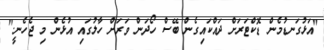
"އަޅުގަނޑުމެން ޑޮކްޓަރަށް ދައްކައިގެން ބޭސް ހޯދަން ވަރަށް ހާލުގައި އުޅެން މި ޖެހެނީ."